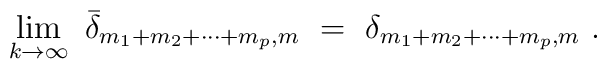
\lim_{k \rightarrow \infty}~{\bar \delta}_{m_1+m_2+ \cdots +m_p,m}~=~\delta_{m_1+m_2+ \cdots +m_p,m}~.